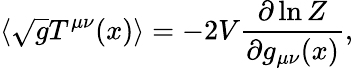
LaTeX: \langle\sqrt{g}T^{\mu\nu}(x)\rangle=-2V{\frac{\partial\ln Z}{\partial g_{\mu\nu}(x)}},